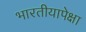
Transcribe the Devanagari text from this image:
भारतीयापेक्षा